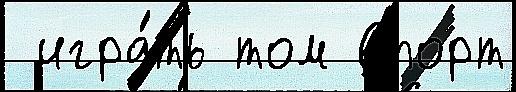
 игра́ть том Спорт